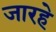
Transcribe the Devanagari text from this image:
जारहे